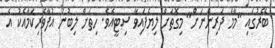
ބޭރުގައި "މާމަ ދަރިންނަށް" މިގޮތަށް ލިޔެފައިވާ ސިޓީއެވެ. ހިތަށް ލިބުނު އުފާވެރިކަމާއެކު އެ